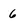
Character: 6